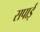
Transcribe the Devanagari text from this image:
सपाई